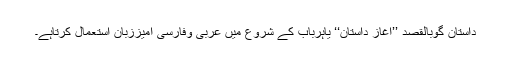
داستان گوبالقصد ’’آغازِ داستان‘‘ یاہرباب کے شروع میں عربی وفارسی آمیززبان استعمال کرتاہے۔